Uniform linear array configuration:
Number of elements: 4
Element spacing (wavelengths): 1
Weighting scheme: uniform
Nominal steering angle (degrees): -30
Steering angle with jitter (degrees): -29.941
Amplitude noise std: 0.05
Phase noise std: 0.05

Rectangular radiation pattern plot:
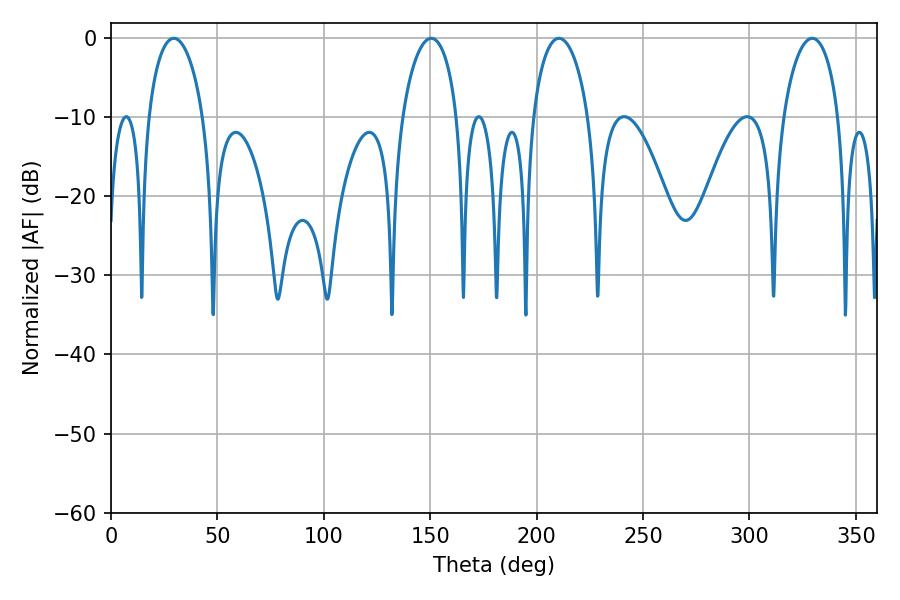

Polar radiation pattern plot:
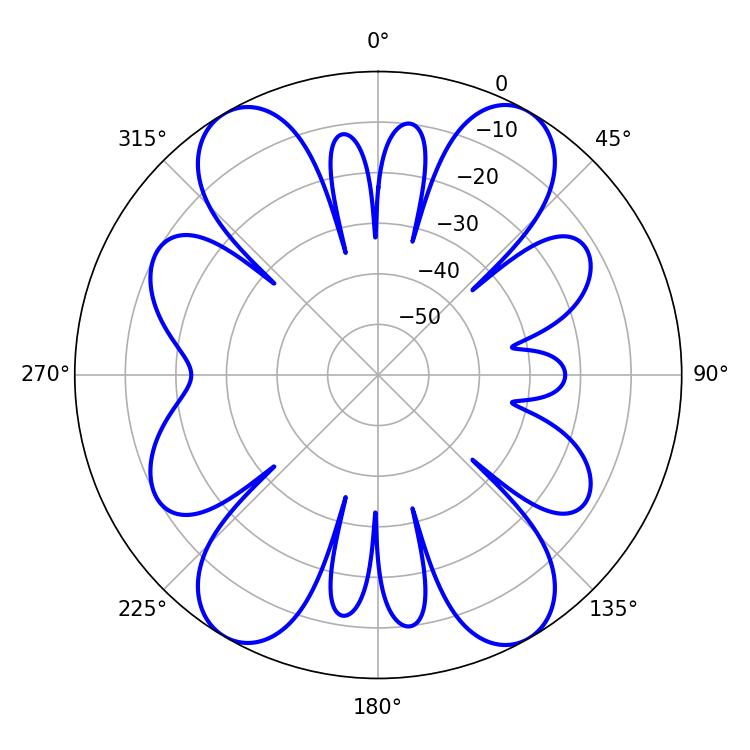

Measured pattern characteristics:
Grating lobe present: TRUE
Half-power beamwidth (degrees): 14.76
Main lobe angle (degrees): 29.52